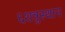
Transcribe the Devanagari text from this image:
६शत्रुस्थान